Scottish Leaving Certificate Examination, 1956
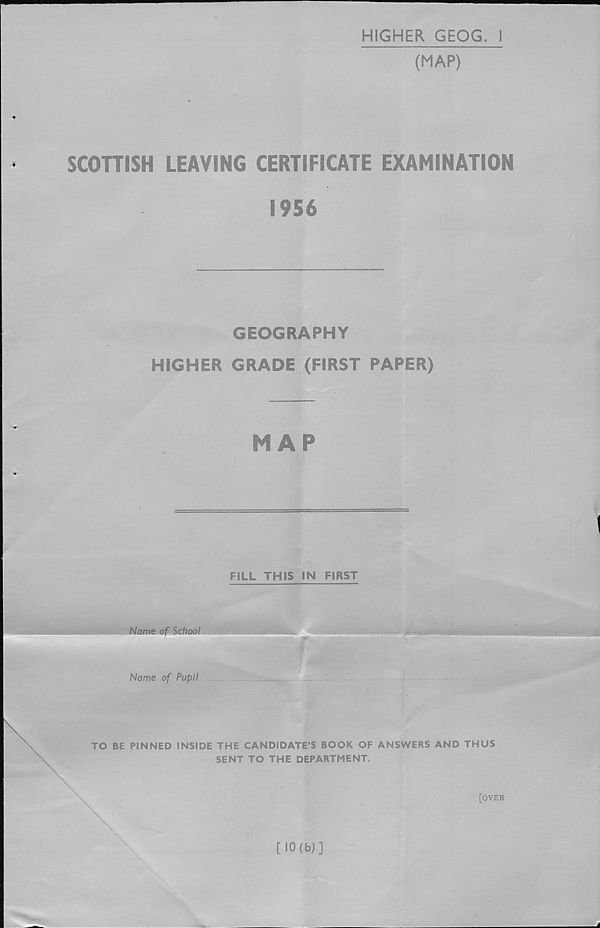
HIGHER GEQG. 1
(MAP)
%
SCOHISH LEAVING CERTIFICATE EXAMINATION
1956
GEOGRAPHY
HIGHER GRADE (FIRST PAPER)
MAP
FILL THIS IN FIRST
Name of School
Name of Pupil
TO BE PINNED INSIDE THE CANDIDATE’S BOOK OF ANSWERS AND THUS
SENT TO THE DEPARTMENT.
[OVER
\
[10(b)]